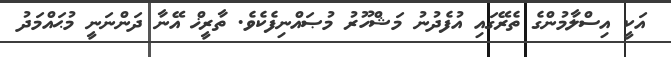
އަކީ އިސްލާމުންގެ ތެރޭގައި އުފެދުނު މަޝްހޫރު މުޞައްނިފެކެވެ. ތާރީޚް އޭނާ ދަންނަނީ މުޙައްމަދު